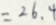
= 2 6 . 4